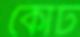
কোর্ট